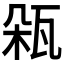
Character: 𤬾